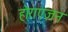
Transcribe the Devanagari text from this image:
होराएज़न